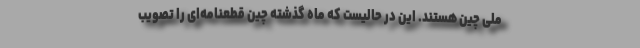
ملی چین هستند. این در حالیست که ماه گذشته چین قطعنامه‌ای را تصویب